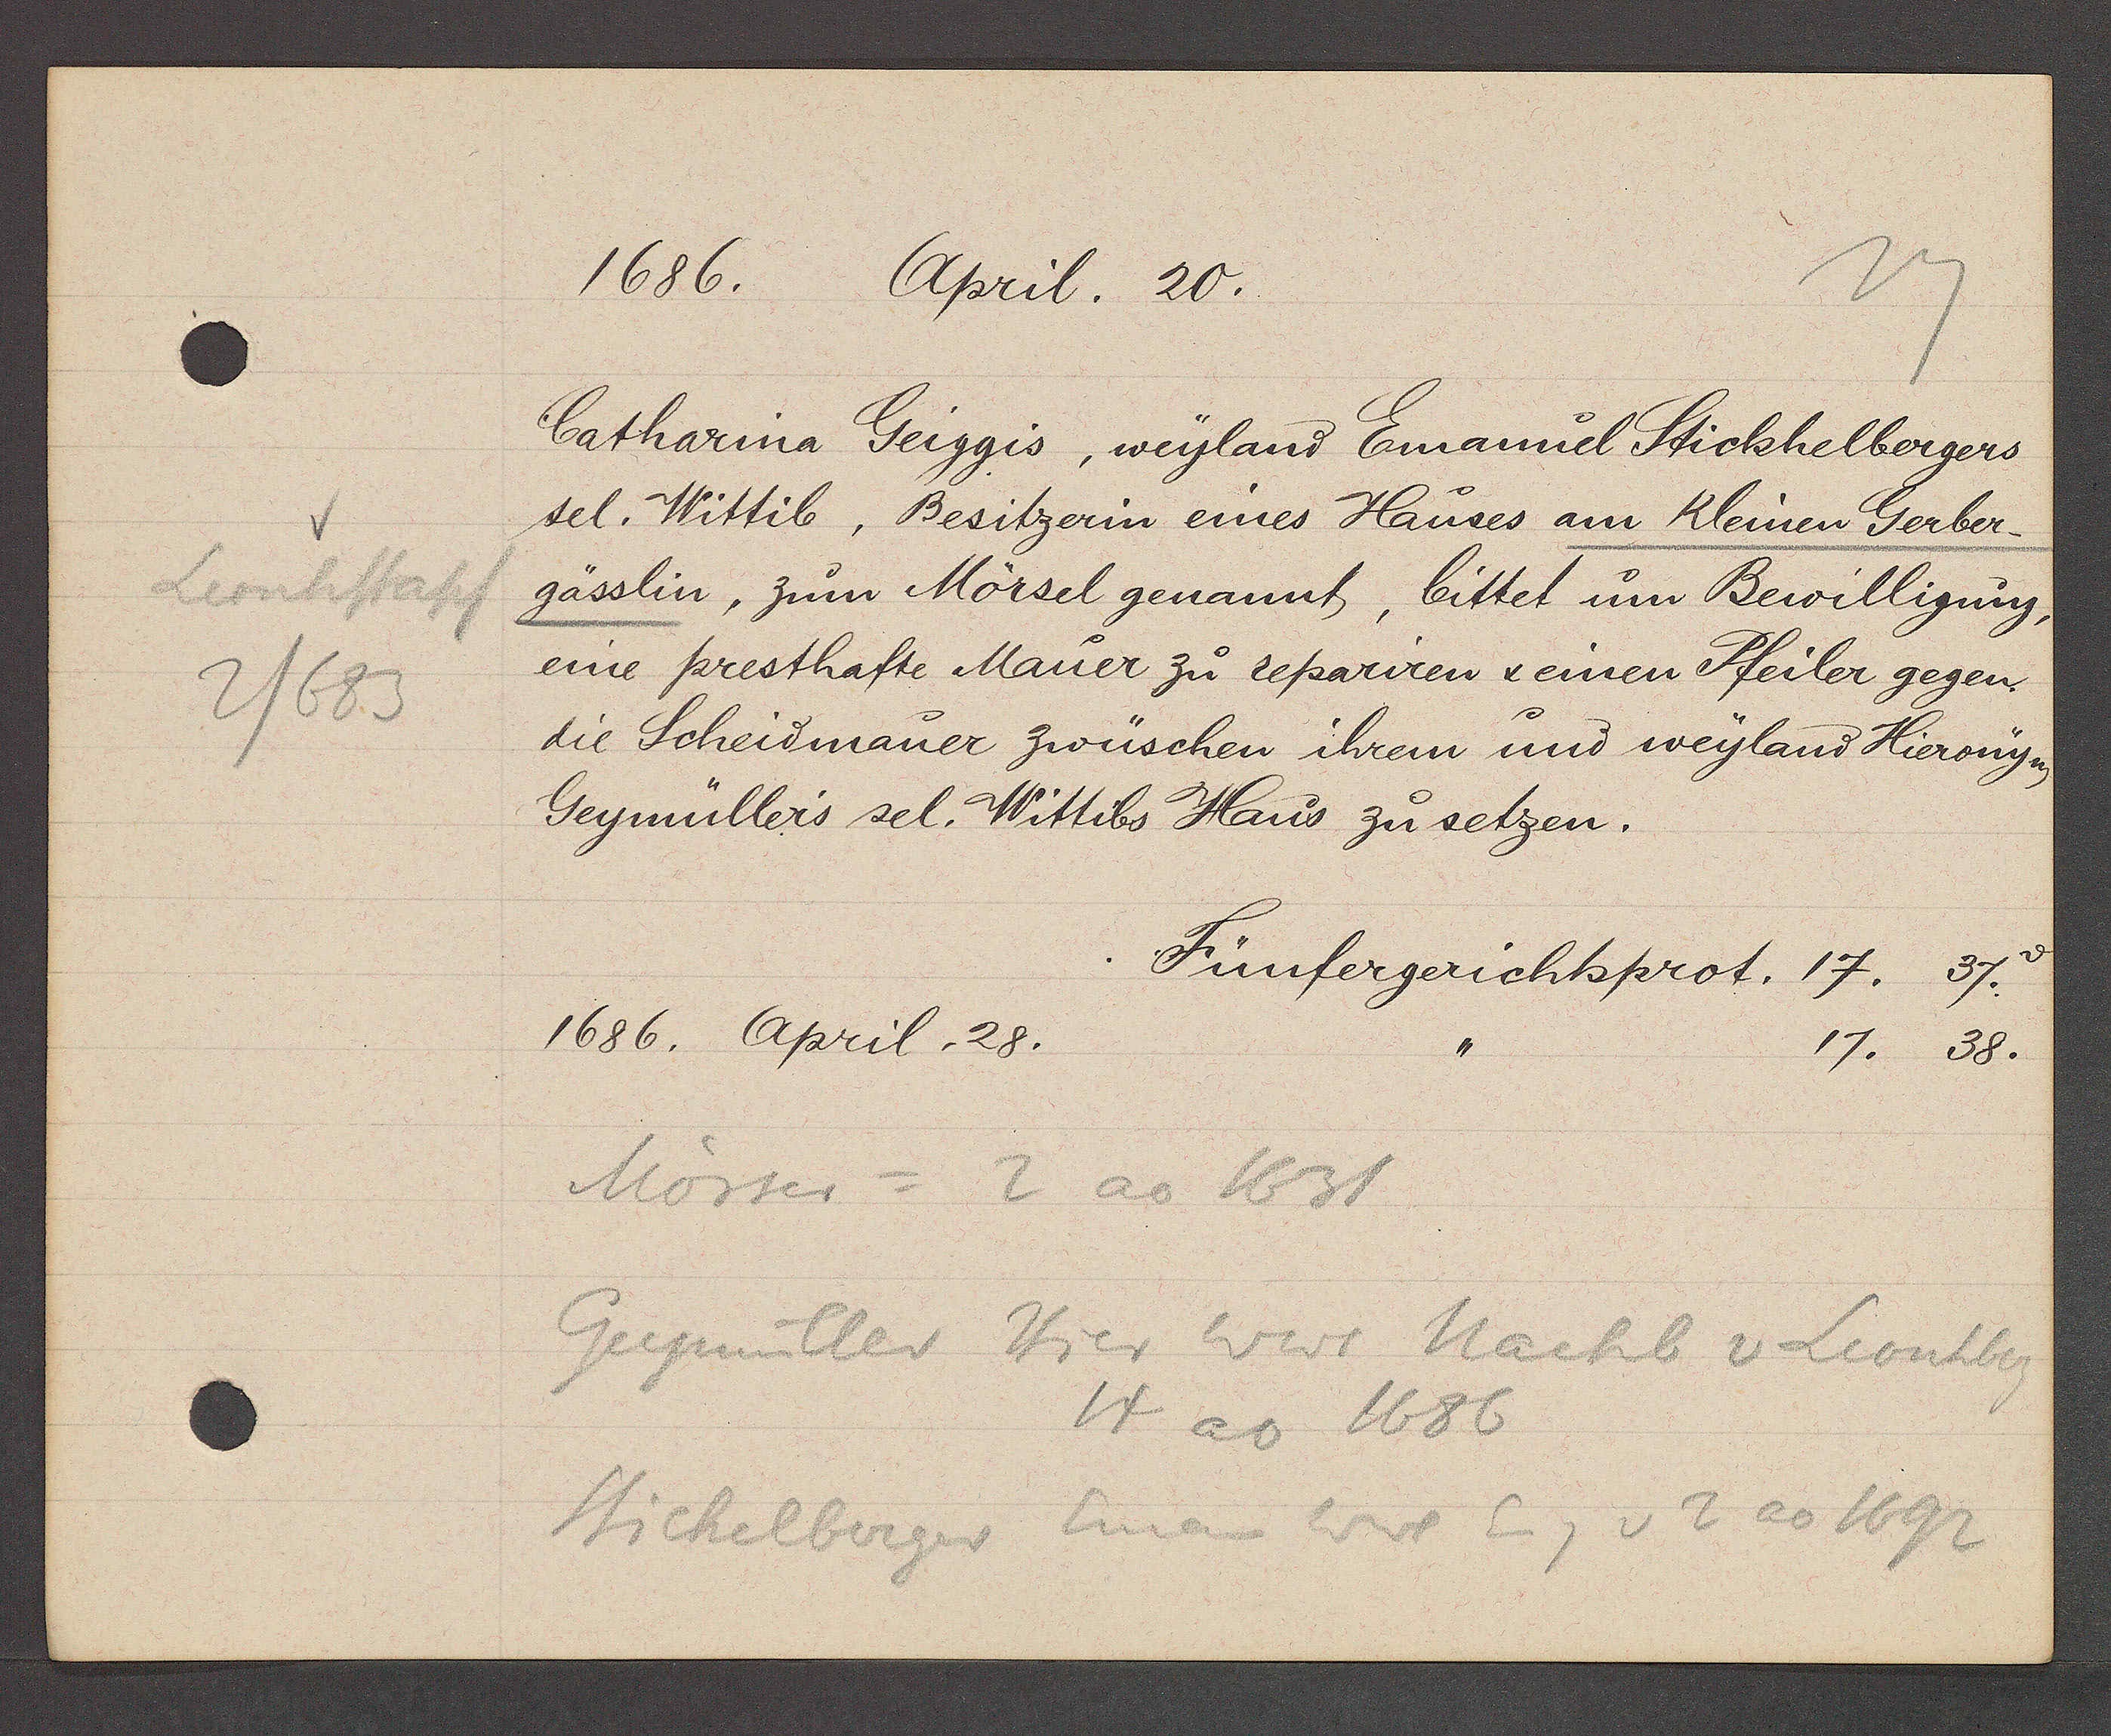
Transcript:
Leonhstapf
2/683

1686.
April. 20.

Catharina Geiggis, weyland Emamuel Stickhelbergers
sel. Wittib, Besitzerin eines Hauses am Kleinen Gerber¬
gässlin, zum Mörsel genannt, bittet um Bewilligung,
eine presthafte Mauer zu repariren & einen Pfeiler gegen
die Scheidmauer zwüschen ihrem und weyland Hieronyn
Geymüllers sel. Wittibs Haus zu setzen.

Fünfergerichtsprot.
17. 37.
1686. April. 28.
17. 38.

Mörser = 2 ao 1631
Geymüller Hier wwe Nachb v Leonhberg
14 ao 1686
Stickelberger Eman Wwe Eig v 2 ao 1692